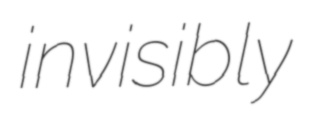
invisibly